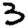
Digit: 3